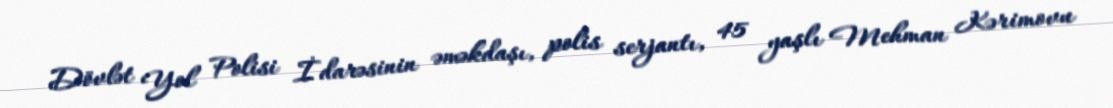
Dövlət Yol Polisi İdarəsinin əməkdaşı, polis serjantı, 45 yaşlı Mehman Kərimovu